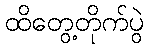
ထိတွေ့တိုက်ပွဲ